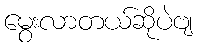
မွေးလာတယ်ဆိုပဲဗျ